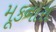
મૂકનારા